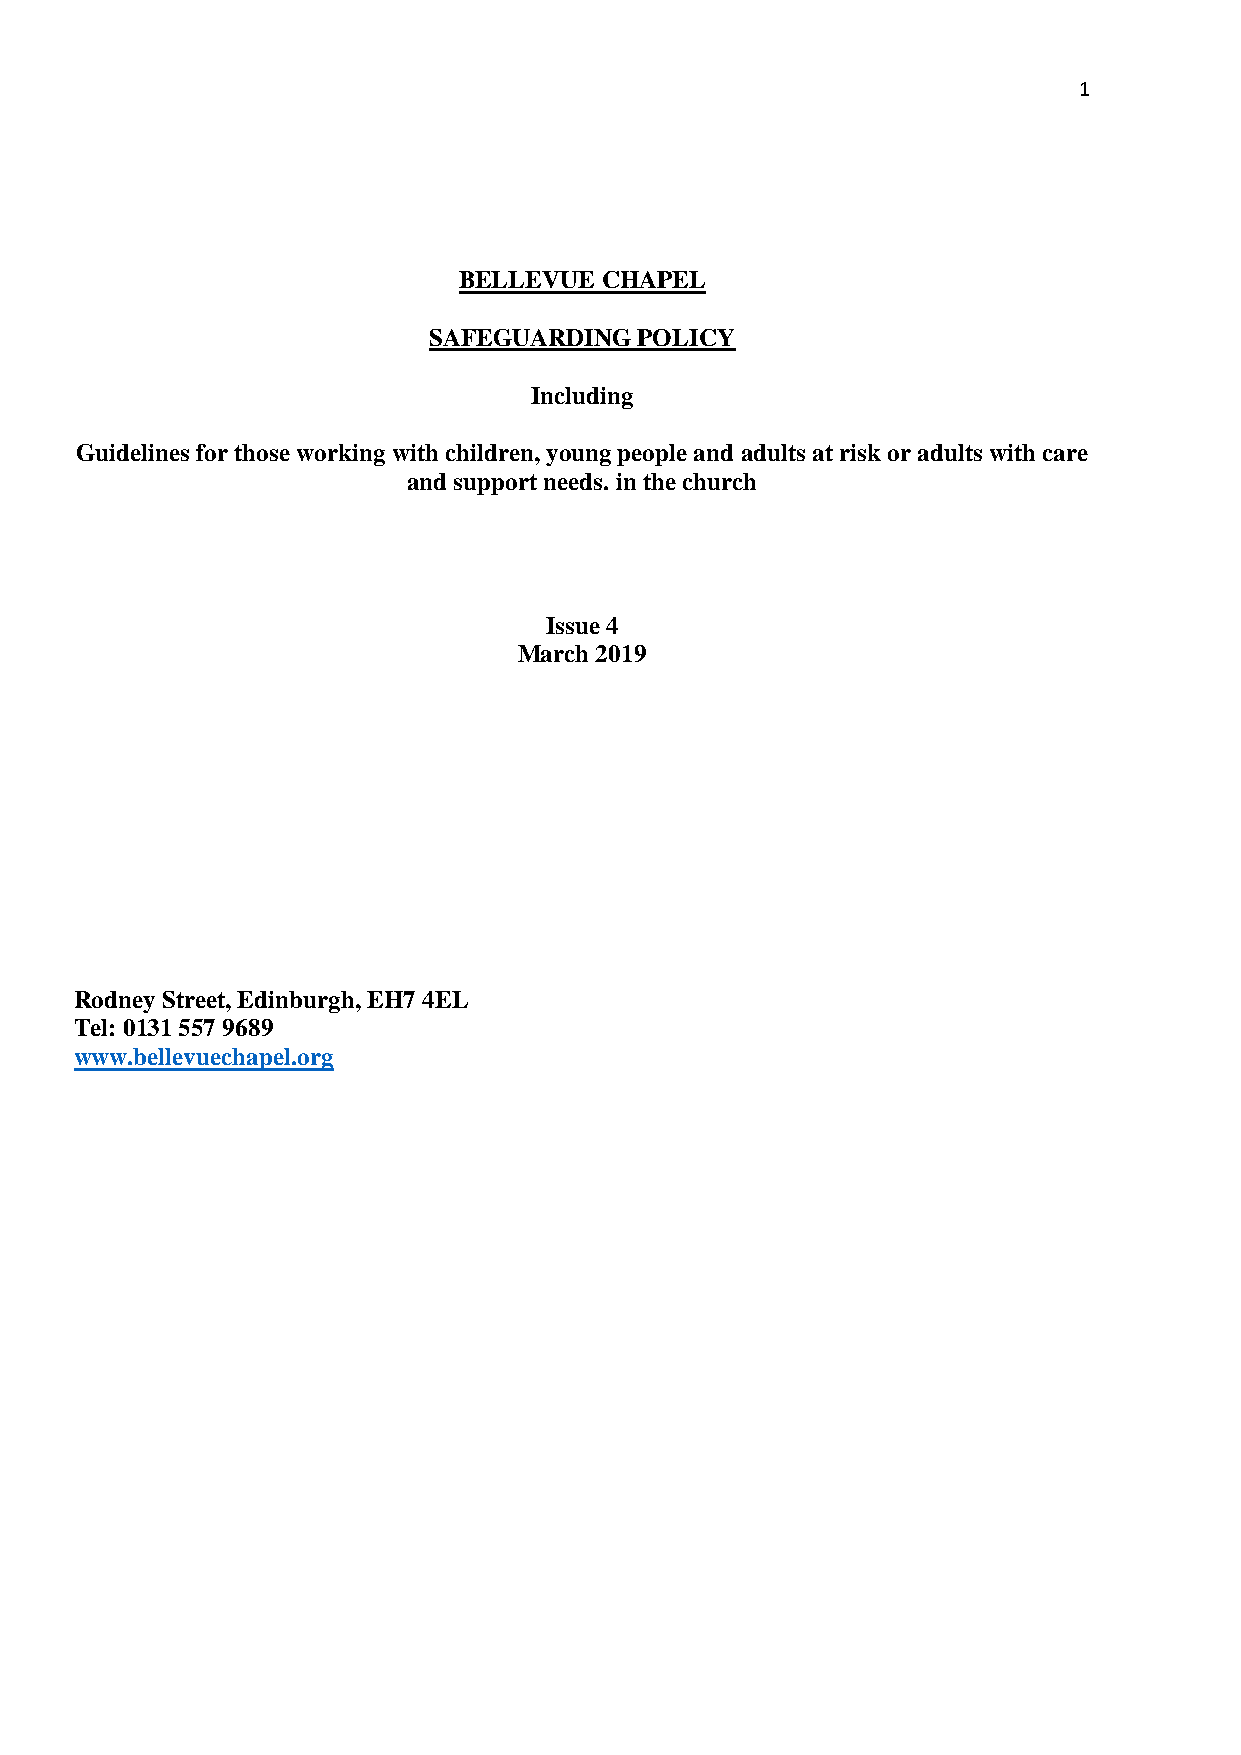
1
 BELLEVUE  CHAPEL
 SAFEGUARDING  POLICY
 Including
 Guidelines for those working with children, young people and adults at risk or adults with care
 and support needs. in the church
 Issue 4
 March 2019
 Rodney Street, Edinburgh, EH7 4EL
 Tel: 0131 557 9689
 www.bellevuechapel.org